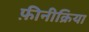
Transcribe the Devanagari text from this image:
फ़ीनीक्रिया